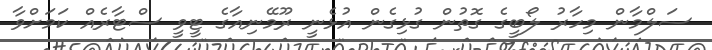
ސަލްމާން މިހާރު ލޯބީގެ ގޮތުން ގުޅިގެން އުޅެނީ ރޫމޭނިއާގެ ޓީވީ ސްޓާރެއް ކަމަށްވާ